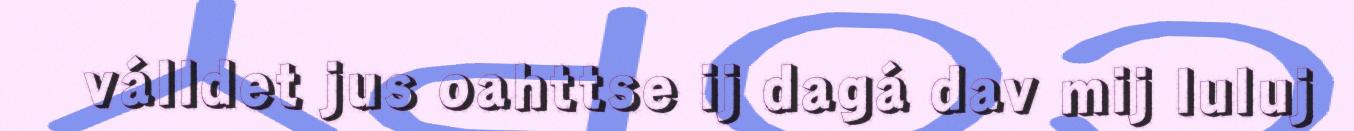
válldet jus oahttse ij dagá dav mij luluj